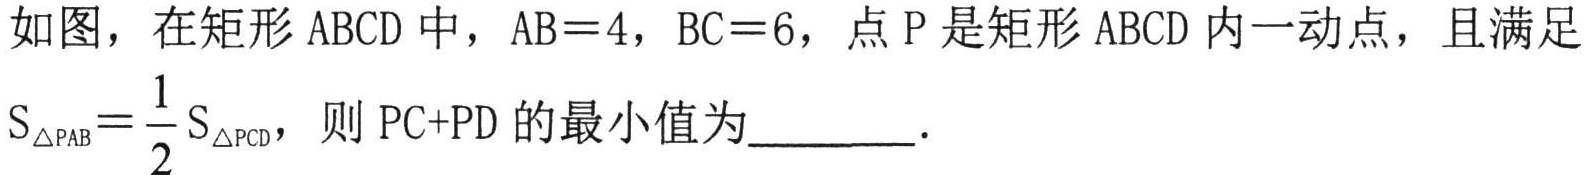
如图，在矩形\(ABCD\)中，\(AB = 4\)，\(BC = 6\)，点\(P\)是矩形\(ABCD\)内一动点，且满足\(S_{\triangle PAB}=\frac{1}{2}S_{\triangle PCD}\)，则\(PC + PD\)的最小值为________．